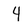
Character: 4